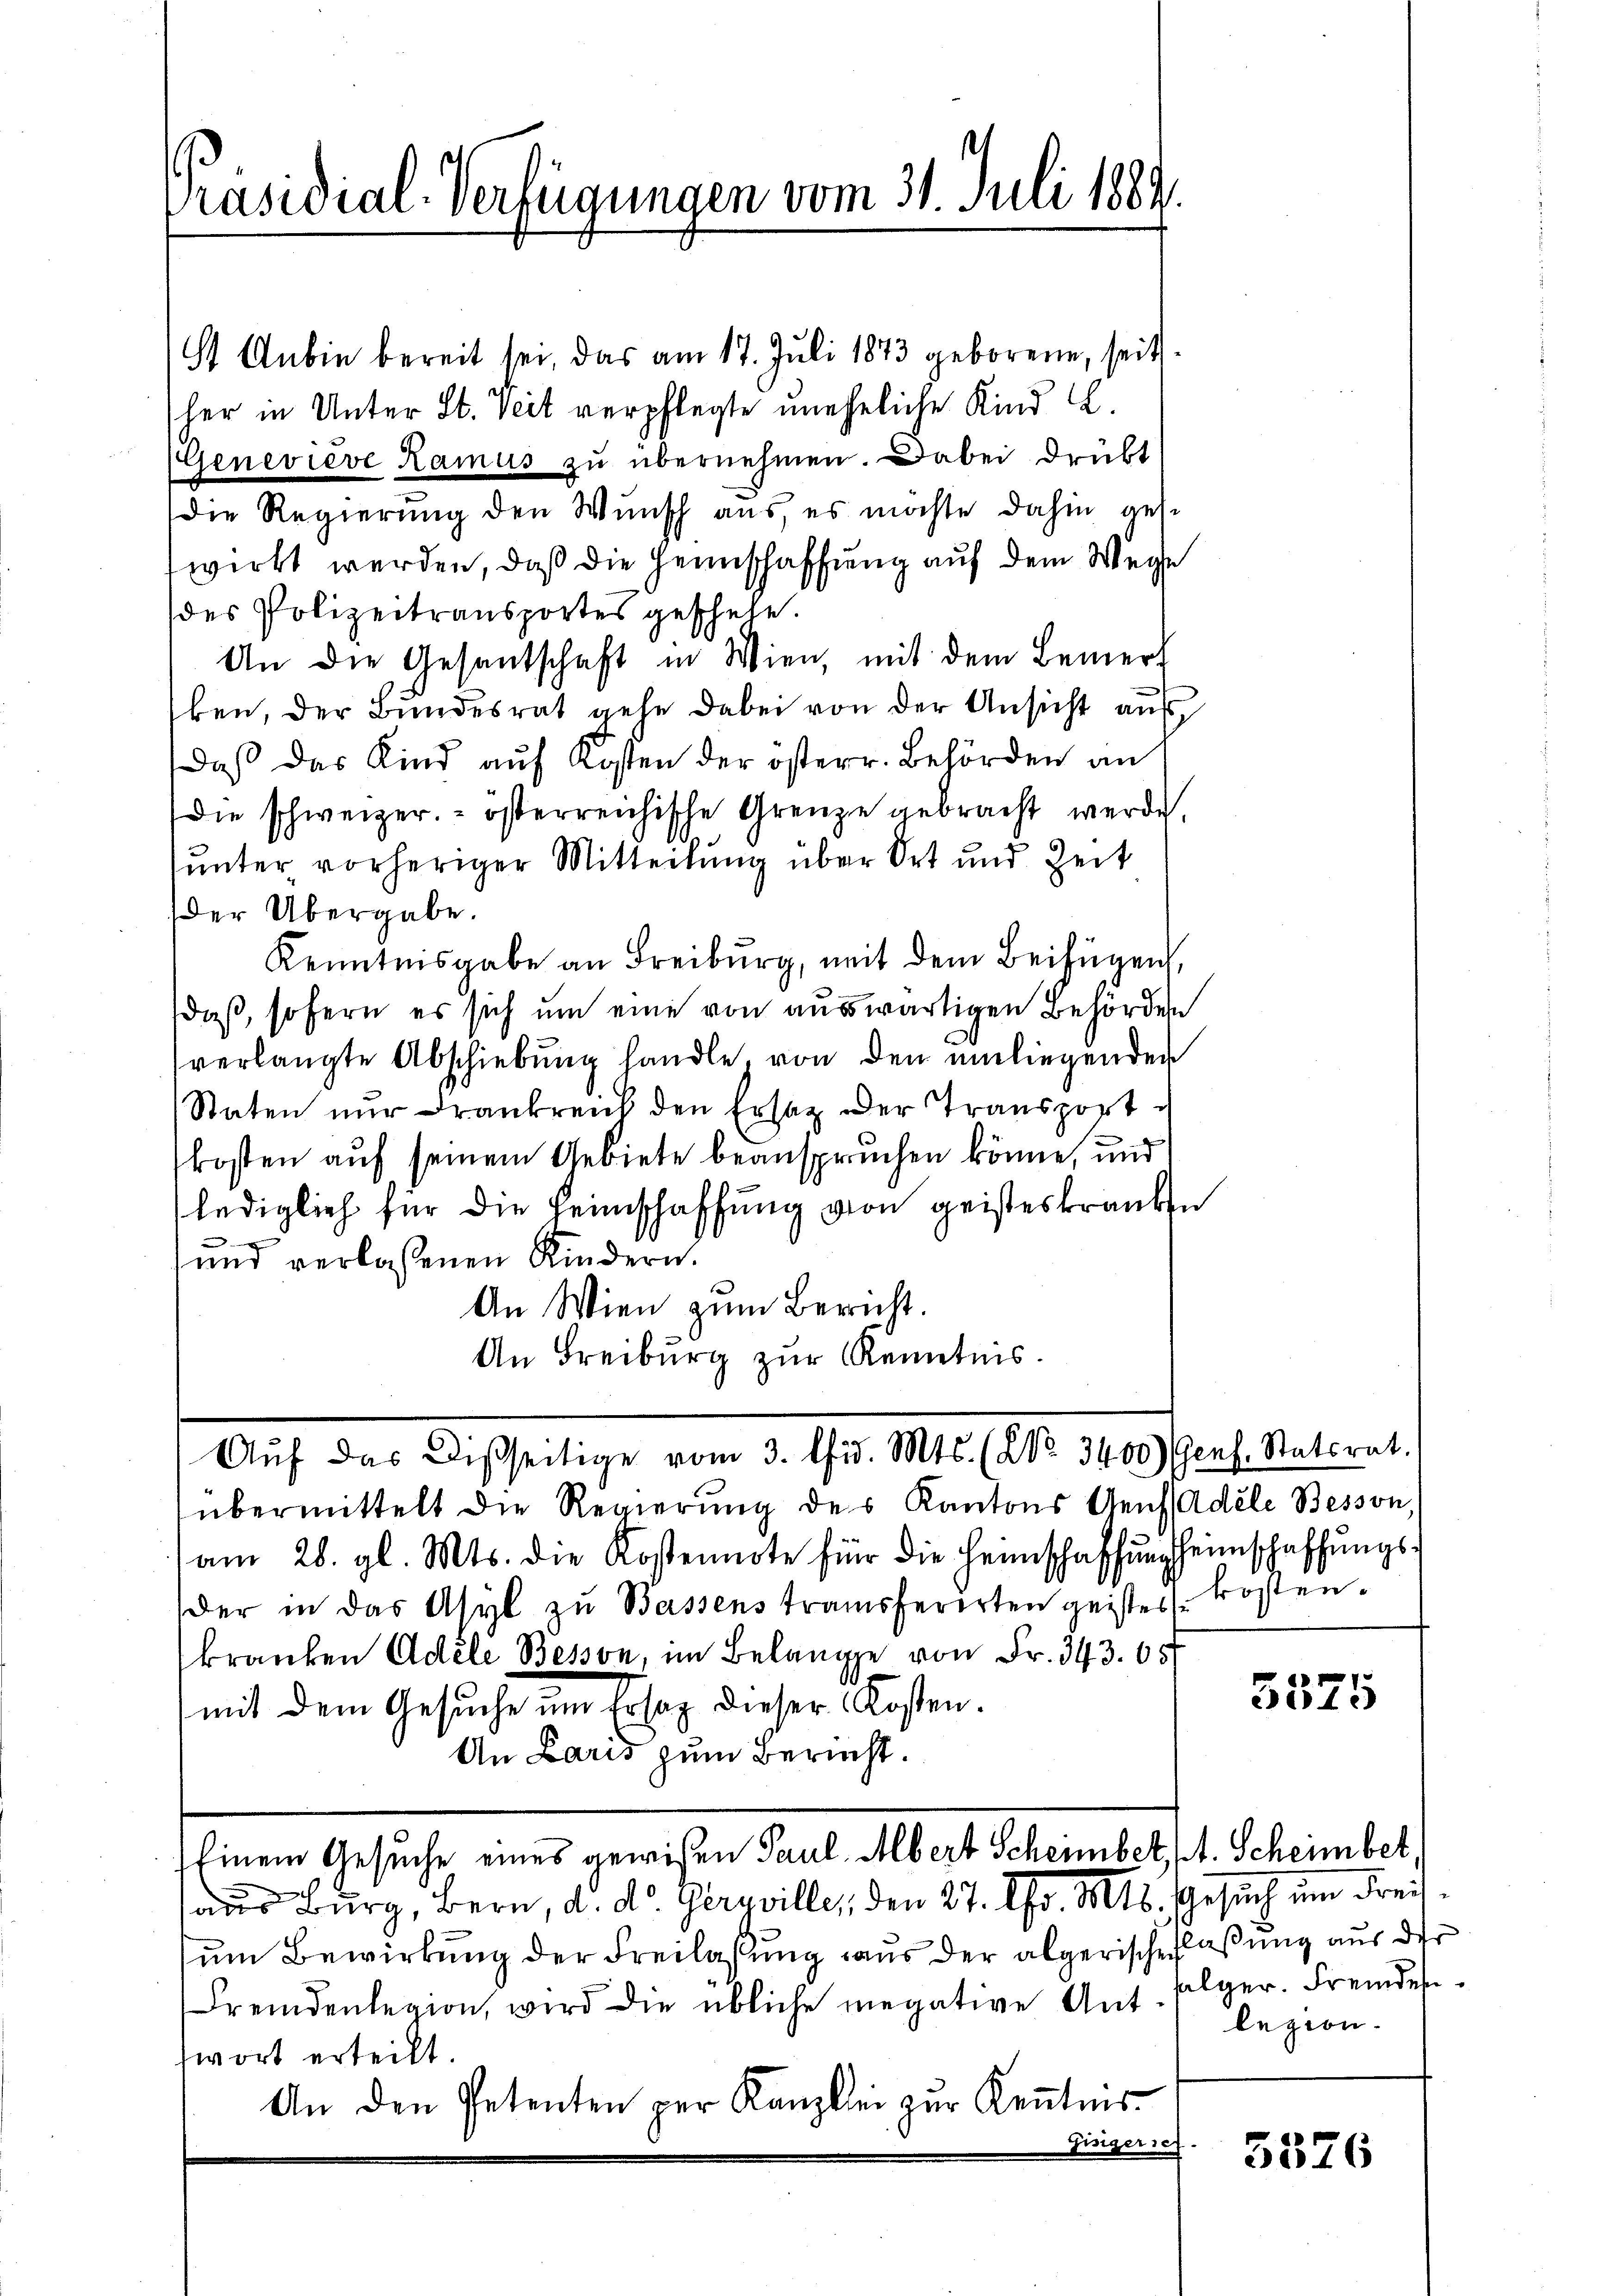
Präsidial-Verfügungen vom 31. Juli 1884

st Anbie bereit sei, das am 17. Juli 1873 geborene, seit
her in Unter St. Veit verpflegte uneheliche Kind .
(Geneviève Lamus zu übernehmen. Dabei drükt
die Regierung den Wunsch aus, es möchte dahin gese
wirkt werden, daß die Heimschaffung auf dem Wege
des Polizeitransportes geschehe.
An die Gesantschaft in Wien, mit dem Bemerk
ken, der Bŭndesrat gehe dabei von der Ansicht aus,
daß das Kind aŭf Kosten der österr. Behörden an
die schweizer. österreichische Grenze gebracht werde.
unter vorheriger Mitteilung über Ort und Zeit
der Übergabe.
Kenntnisgabe an Freiburg, mit dem Beifügen,
daß, sofern es sich um eine von auswärtigen Behörden
verlangte Abschiebung handle von den einliegenden
Staten nur Frankreich den Ersatz der Transport d
kosten auf seinem Gebiete beanspruchen könne, und
lediglich für die Heimschaffung von geisteskranken
2
und verlassenen Kindern.
An Wien zum Bericht.
An Freiburg zur Renntnis.
Aŭf das Disseitige vom 3. lid. Mts. (NNo. 3400) Genf. Statsrat.
übermittelt die Regierung des Kantons Genf Adele Bessen,
am 28. gl. Mts. die Kostennote für die Heimschaffung heimschaffungsder in das Asyl zu Bassens transferirten geister kostenkranken Adele Bessen, im Belange von Fr. 343. 65
mit dem Gesuche um Ersaz dieser Kosten.
An Laris zum Bericht.
Einem Gesuche eines gewisen Paul Albert Scheinbett. Scheinbet,
aus Burg, Bern, d. d. Geryville, den 27. Chr. Mts. Gesuch um Freih
zum Bewirkung der Freilassung aus der abgerische Flaßung aus der
Fremdenlegion, wird die übliche negative Ant. Flger. Fremdes
swort erteilt
An den Petenten per Kanzlei zŭr Keṅtnis-
Einigersch

3575

legion.

5576